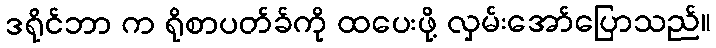
ဒရိုင်ဘာ က ရိုစာပတ်ခ်ကို ထပေးဖို့ လှမ်းအော်ပြောသည်။